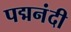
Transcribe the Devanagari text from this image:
पद्मनंदी